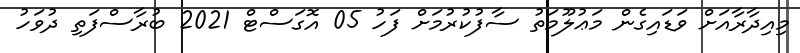
މިއިދާރާއަށް ވަޑައިގެން މަޢުލޫމަތު ސާފުކުރުމަށް ފަހު 05 އޮގަސްޓް 2021 ބުރާސްފަތި ދުވަހު